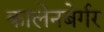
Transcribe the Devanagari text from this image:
कालेनबेर्गर